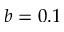
b = 0 . 1